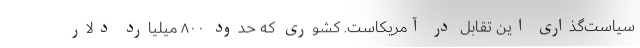
سیاست‌گذاریِ این تقابل در آمریکاست. کشوری که حدود ۸۰۰ میلیارد دلار